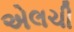
એલચી